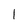
Character: l